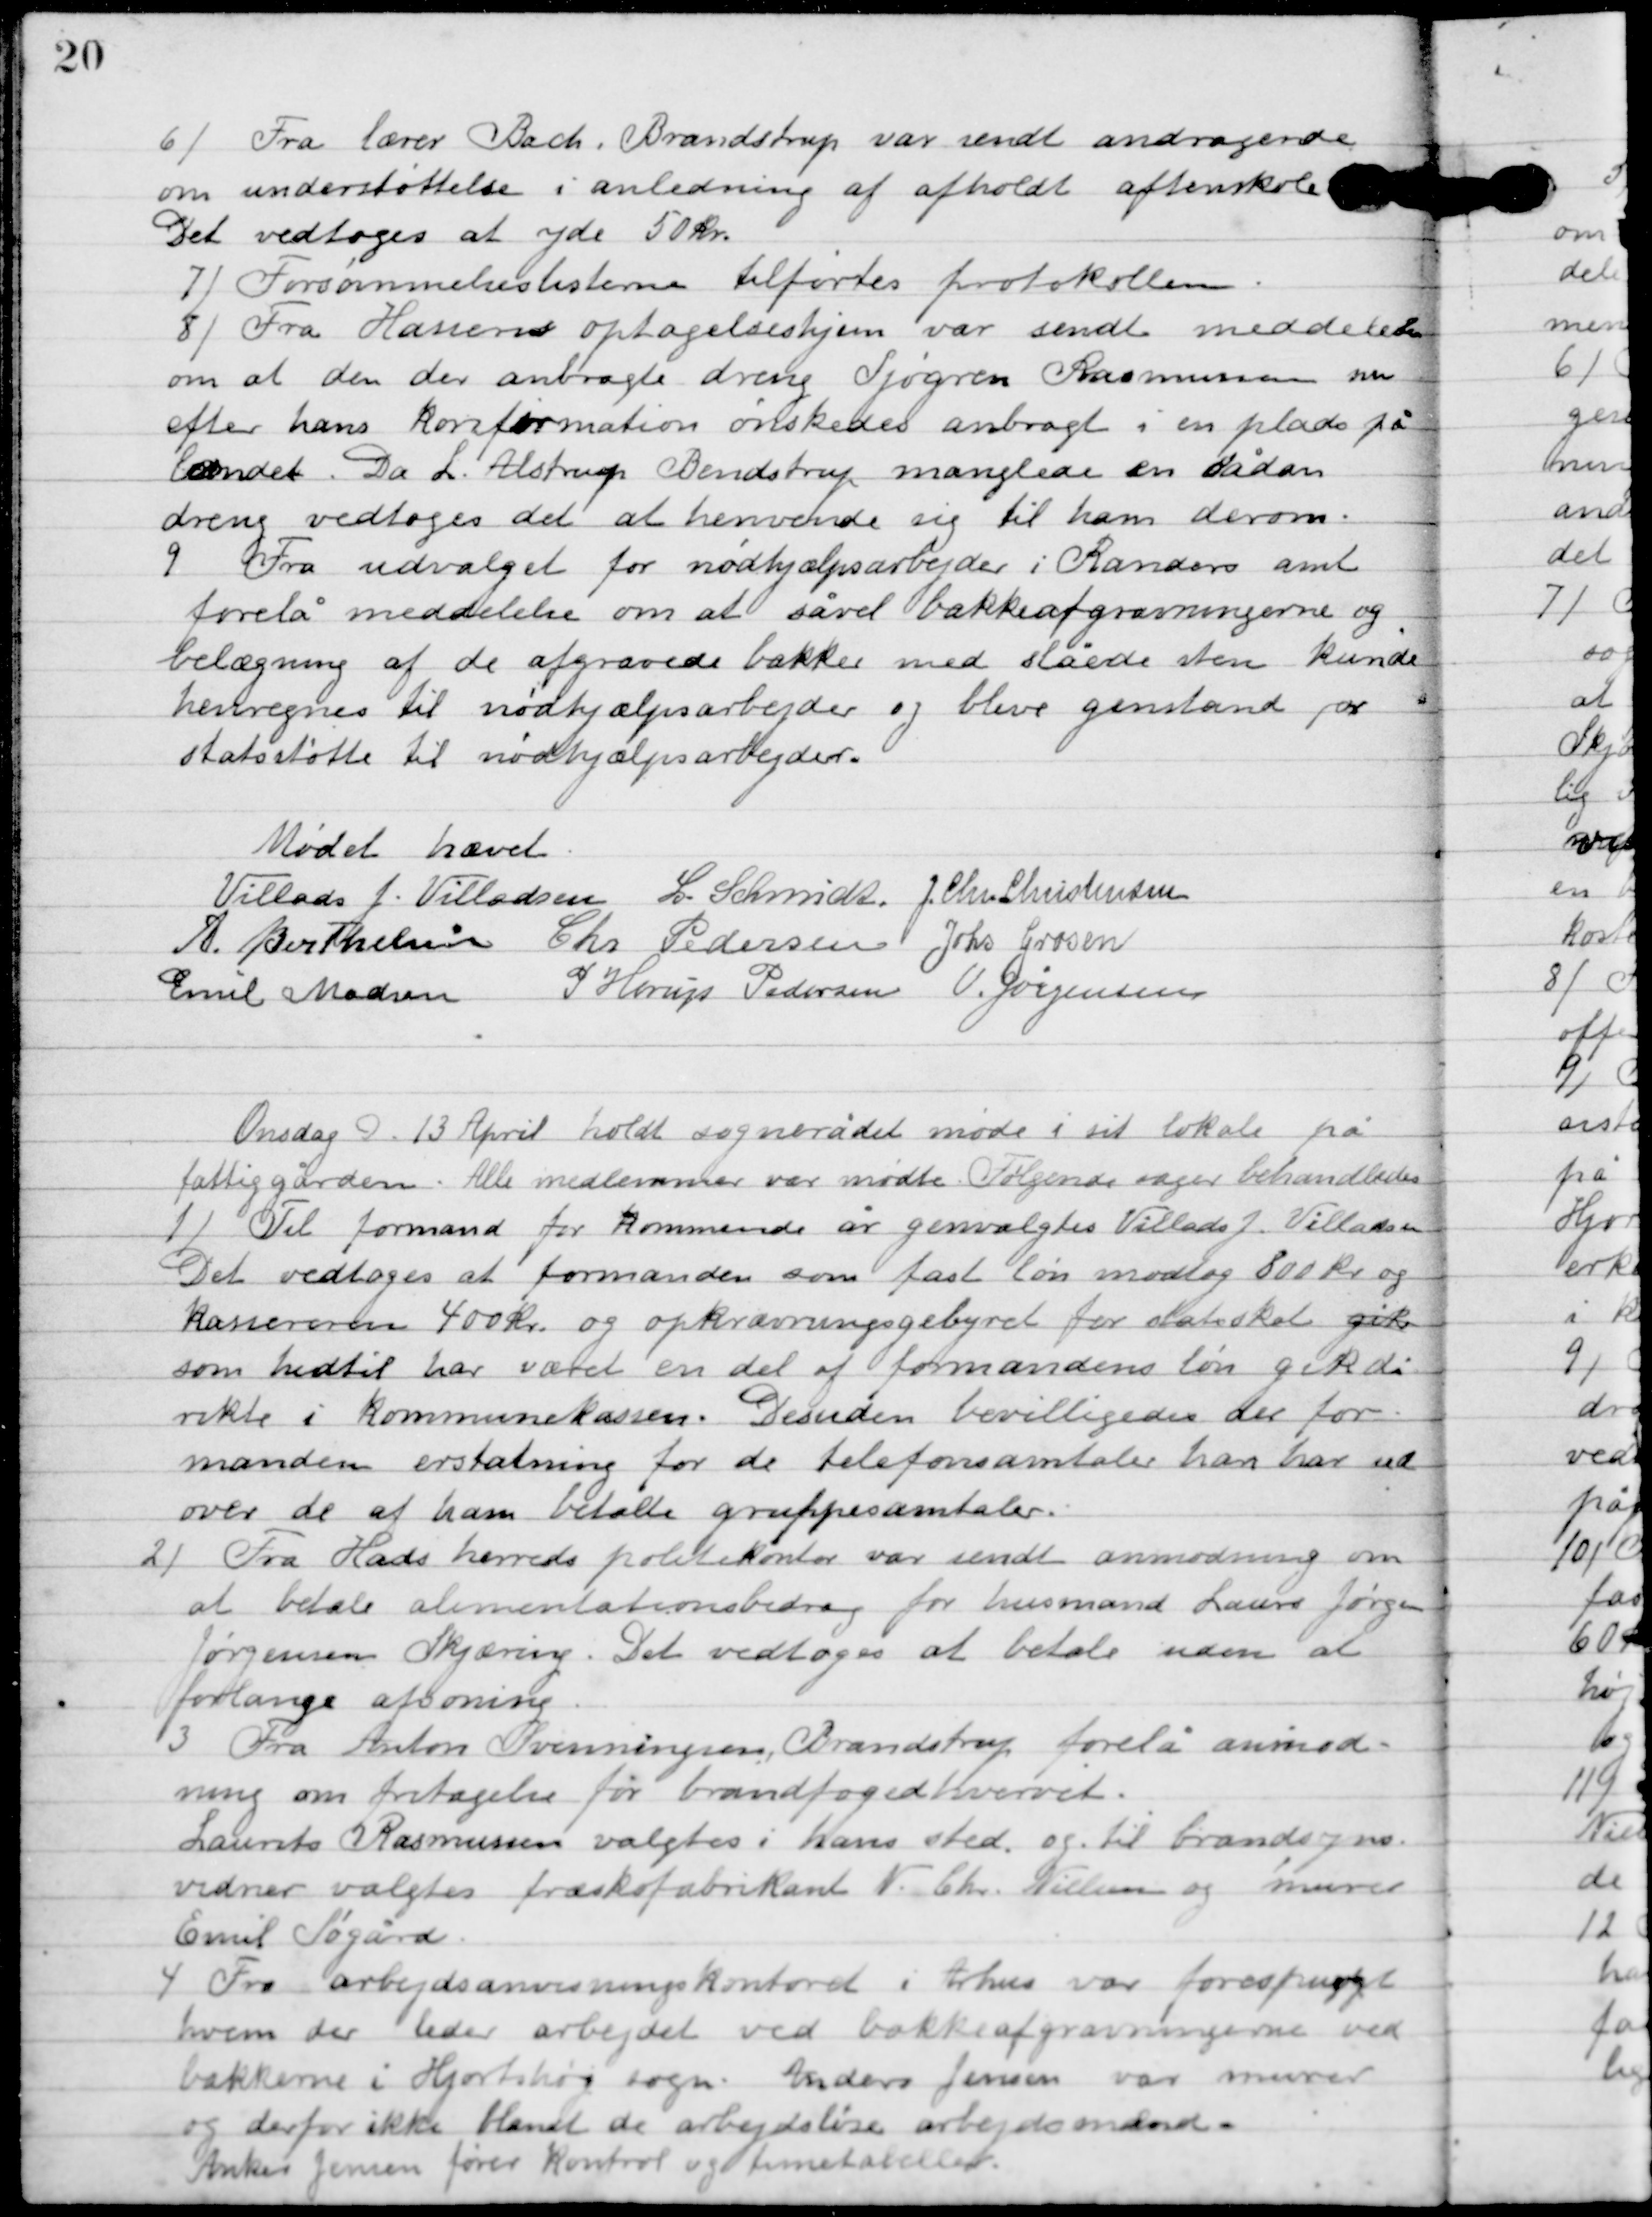
Transskription:
6

Fra lærer Bach. Brandstrup var sendt andragende
om understøttelse anledning af afholdt aftenskole.
Det vedtoges at yde 50 kr.

7

Forsømmelseslisterne tilførtes protokollen.

8

Fra Hansen optagelseshjem var sendt meddelelse
om at den der anbragte dreng Sjøgren Rasmussen nu
efter hans konfirmation ønskedes anbragt i en plads på
landet. Da L. Alstrup Bendstrup manglede en sådan
dreng vedtoges det at henvende sig til ham derom.

9

Fra udvalget for nødhjælpsarbejder i Randers amt
forelå meddelelse om at såvel bakkeafgravningerne og
belægning af de afgravede bakker med slåede sten kunde
henregnes til nødhjælpsarbejder og blive genstand for
statsstøtte til nødhjælpsarbejder.

Mødet hævet

Villads J. Villadsen
L. Schmidt
I. Chr. Christensen
A. Berthelsen
Chr. Pedersen
Johs. Grosen
Emil Madsen
P. Henry Pedersen
V. Jørgensen

Onsdag D. 13. April holdt sognerådet møde på sit lokale på
fattiggården. Alle medlemmer var mødte. Følgende sager behandles:

1

Til formanden for kommende år genvalgtes Villads J. Villadsen.
Det vedtoges at formanden som fast løn modtog 800 kr. og 
kasseren 400 kr. og opkrævningsgebyret for statsskat gik 
som hidtil har været en del af formandens løn gik di-
rekte i kommunekassen. Desuden bevilligedes der for 
manden erstatning for de telefonsamtaler han har ud 
over de af ham betalte gruppesamtaler.

2

Fra Hads herreds politikontor var sendt anmodning om
at betale alimentations bidrag for husmand Laurs Jørgen
Jørgensen Skjæring. Det vedtoges at betale uden at
forlange afsoning.

3

Fra Anton Svenningsen Brandstrup, forelå anmod-
ning om fritagelse for brandfogedserhvervet.
Laurits Rasmussen valgtes i hans sted, og til brandsogns
vidner valgtes kontorfabrikant N. Ch. Nielsen og murer
Emil Søgård.

4

Fra arbejdsanvisningskontoret i Århus var forespurgt
hvem der leder arbejdet ved bækkeafgravningen ved
bækkene i Hjortshøj sogn. Anders Jensen var murer
og derfor ikke blandt de arbejdsløse arbejdsmænd.
Anders Jensen fører kontrol og timetallene.